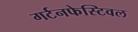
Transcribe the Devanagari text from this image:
गर्टनफेस्टिवल